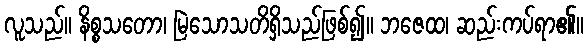
လူသည်။ နိစ္စသတော၊ မြဲသောသတိရှိသည်ဖြစ်၍။ ဘဇေထ၊ ဆည်းကပ်ရာ၏။